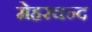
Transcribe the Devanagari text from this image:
मेहरचन्द